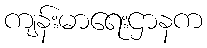
ကျန်းမာရေးဌာနက